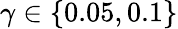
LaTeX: \gamma\in\{ 0.05,0.1\}